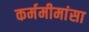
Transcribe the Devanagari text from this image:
कर्ममीमांसा